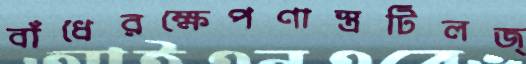
বাঁধেরক্ষেপণাস্ত্রটিলজ্